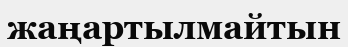
жаңартылмайтын